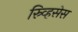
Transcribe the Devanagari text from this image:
स्र्व्हिसेस